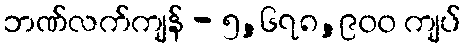
ဘဏ်လက်ကျန် - ၅,၆၇၈,၉၀၀ ကျပ်